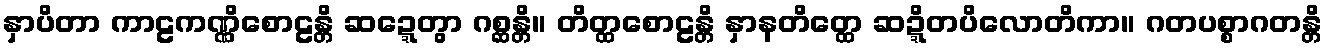
နှာပိတာ ကာဠကဏ္ဏိစောဠန္တိ ဆဍ္ဍေတွာ ဂစ္ဆန္တိ။ တိတ္ထစောဠန္တိ နှာနတိတ္ထေ ဆဍ္ဍိတပိလောတိကာ။ ဂတပစ္စာဂတန္တိ